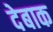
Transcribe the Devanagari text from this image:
देबाक